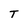
Character: T